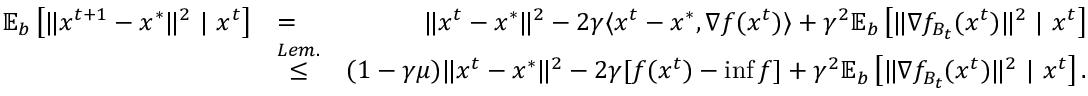
\begin{array} { r l r } { \mathbb { E } _ { b } \left[ \| x ^ { t + 1 } - x ^ { * } \| ^ { 2 } \ | \ x ^ { t } \right] } & { { = } } & { \| x ^ { t } - x ^ { * } \| ^ { 2 } - 2 \gamma \langle x ^ { t } - x ^ { * } , \nabla f ( x ^ { t } ) \rangle + \gamma ^ { 2 } \mathbb { E } _ { b } \left[ \| \nabla f _ { B _ { t } } ( x ^ { t } ) \| ^ { 2 } \ | \ x ^ { t } \right] } \\ & { \overset { L e m . } { \leq } } & { ( 1 - \gamma \mu ) \| x ^ { t } - x ^ { * } \| ^ { 2 } - 2 \gamma [ f ( x ^ { t } ) - \operatorname* { i n f } f ] + \gamma ^ { 2 } \mathbb { E } _ { b } \left[ \| \nabla f _ { B _ { t } } ( x ^ { t } ) \| ^ { 2 } \ | \ x ^ { t } \right] . } \end{array}